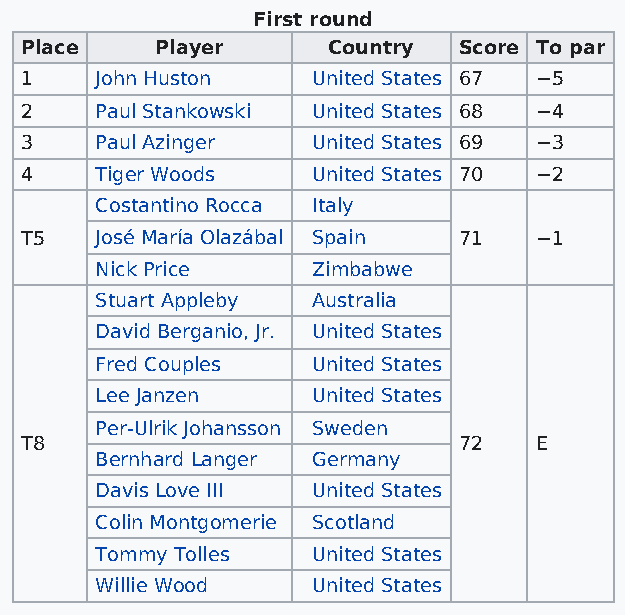
First round
 Place    Player      Country Score To par
 1    John Huston    United States 67 −5
 2    Paul Stankowski United States 68 −4
 3    Paul Azinger   United States 69 −3
 4    Tiger Woods    United States 70 −2
 Costantino Rocca Italy
 T5   José María Olazábal Spain 71 −1
 Nick Price     Zimbabwe
 Stuart Appleby Australia
 David Berganio, Jr. United States
 Fred Couples   United States
 Lee Janzen     United States
 Per-Ulrik Johansson Sweden
 T8                           72   E
 Bernhard Langer Germany
 Davis Love III United States
 Colin Montgomerie Scotland
 Tommy Tolles   United States
 Willie Wood    United States